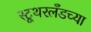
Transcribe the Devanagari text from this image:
स्टूथरलँडच्या